65_HS1-834228961_62-HQ-83894_Section_9
Agency: FBI
Page 114
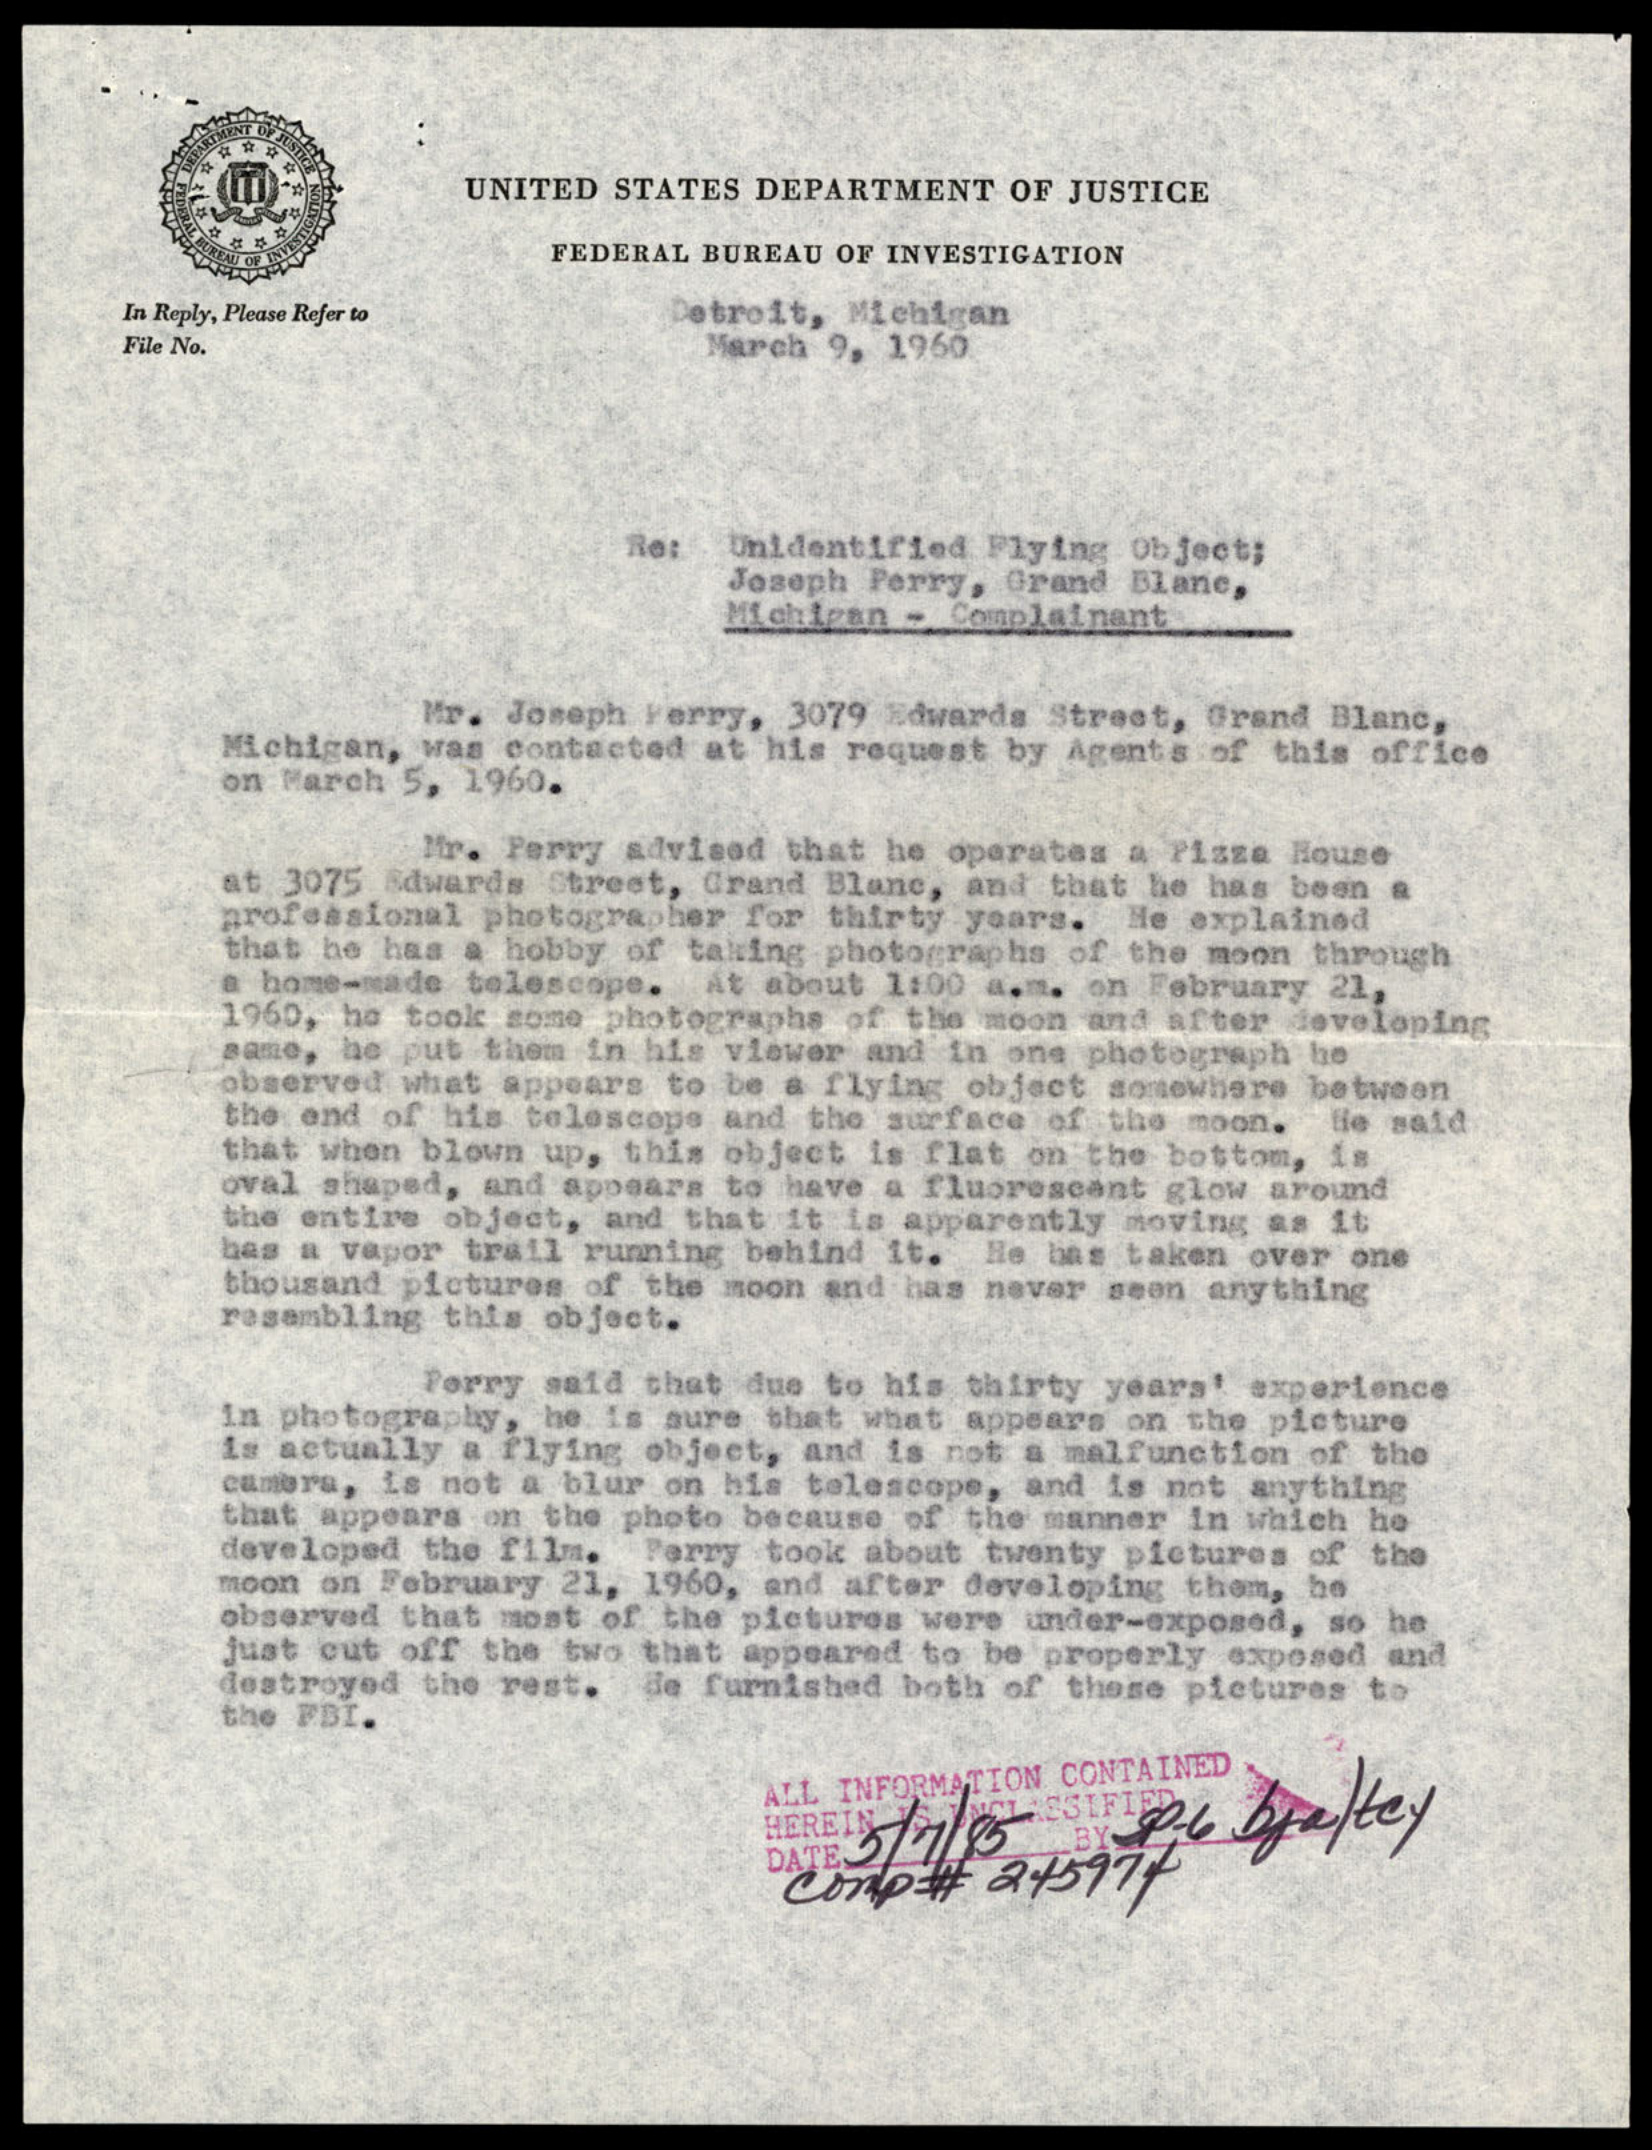